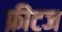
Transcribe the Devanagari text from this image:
फ्रीटज